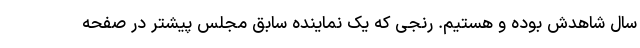
سال شاهدش بوده و هستیم. رنجی که یک نماینده سابق مجلس پیشتر در صفحه